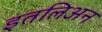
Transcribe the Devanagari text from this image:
इतलिअन